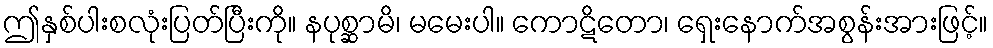
ဤနှစ်ပါးစလုံးပြတ်ပြီးကို။ နပုစ္ဆာမိ၊ မမေးပါ။ ကောဋိတော၊ ရှေးနောက်အစွန်းအားဖြင့်။